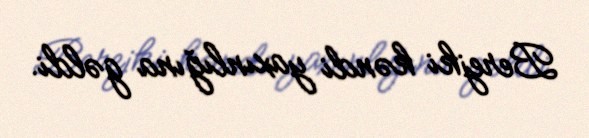
Berejki kəndi yaxınlığına gəldi.